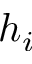
h _ { i }